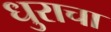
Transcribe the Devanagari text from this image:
धुराचा